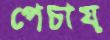
পেচায়